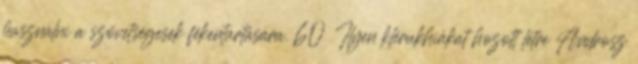
használni a szövetségesek fékentartására. 60 Ilyen klérukhiákat hozott létre Androsz